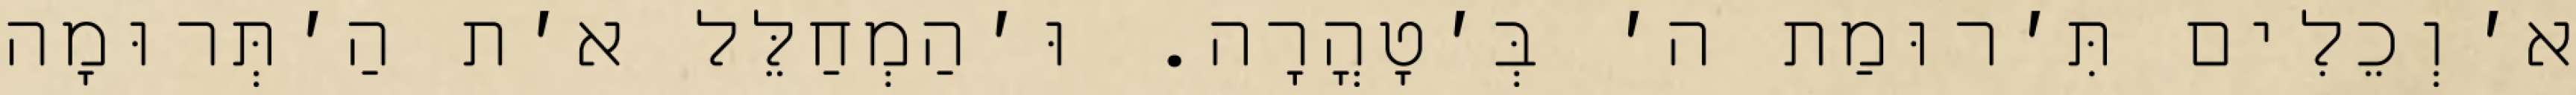
א׳וְכֵלִים תִּ׳רוּמַת ה׳ בְּ׳טָהֳרָה. וּ׳הַמְחַלֵּל א׳ת הַ׳תְּרוּמָה